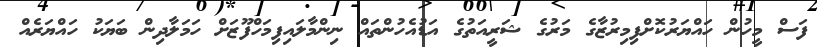
ފަސް މީހުން ހައްޔަރުކޮށްފިމިރުޒާގެ މަރުގެ ޝަރީއަތުގެ އަޑުއެހުންތައް ނިންމާލައިފިމަހްފޫޒަށް ހަމަލާދިން ބަޔަކު ހައްޔަރެއް